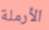
الأرملة